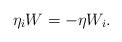
LaTeX: \begin{align*}\eta_{i}W=-\eta W_{i}. \end{align*}